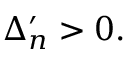
\Delta _ { n } ^ { \prime } > 0 .